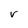
Character: r